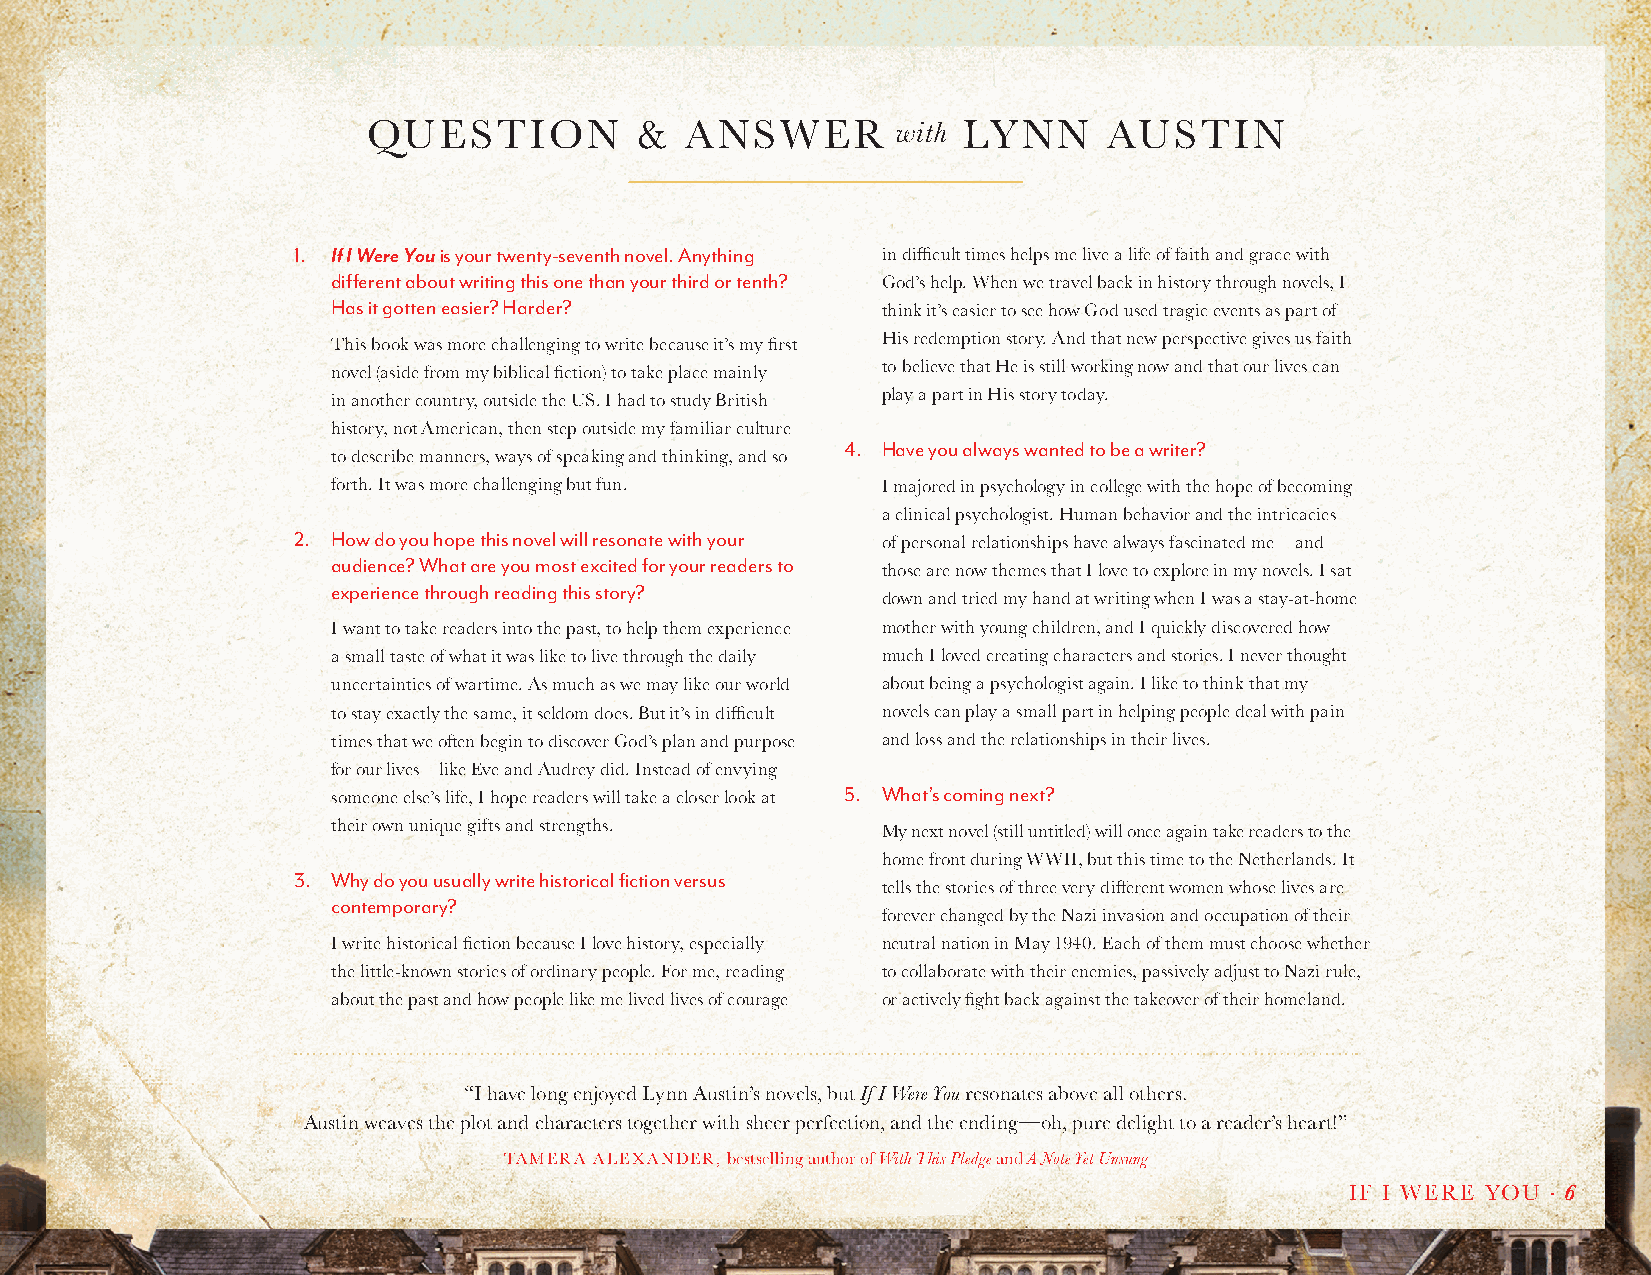
QUESTION          &  ANSWER        with LYNN     AUSTIN
 1. If I Were You is your twenty-seventh novel. Anything in difficult times helps me live a life of faith and grace with
 different about writing this one than your third or tenth? God’s help. When we travel back in history through novels, I
 Has it gotten easier? Harder?       think it’s easier to see how God used tragic events as part of
 This book was more challenging to write because it’s my first His redemption story. And that new perspective gives us faith
 novel (aside from my biblical fiction) to take place mainly to believe that He is still working now and that our lives can
 in another country, outside the US. I had to study British play a part in His story today.
 history, not American, then step outside my familiar culture
 4. H ave you always wanted to be a writer?
 to describe manners, ways of speaking and thinking, and so
 forth. It was more challenging but fun. I majored in psychology in college with the hope of becoming
 a clinical psychologist. Human behavior and the intricacies
 2. H ow do you hope this novel will resonate with your of personal relationships have always fascinated me—and
 audience? What are you most excited for your readers to
 those are now themes that I love to explore in my novels. I sat
 experience through reading this story?
 down and tried my hand at writing when I was a stay-at-home
 I want to take readers into the past, to help them experience mother with young children, and I quickly discovered how
 a small taste of what it was like to live through the daily much I loved creating characters and stories. I never thought
 uncertainties of wartime. As much as we may like our world about being a psychologist again. I like to think that my
 to stay exactly the same, it seldom does. But it’s in difficult novels can play a small part in helping people deal with pain
 times that we often begin to discover God’s plan and purpose and loss and the relationships in their lives.
 for our lives—like Eve and Audrey did. Instead of envying
 someone else’s life, I hope readers will take a closer look at 5. What’s coming next?
 their own unique gifts and strengths. My next novel (still untitled) will once again take readers to the
 home front during WWII, but this time to the Netherlands. It
 3. W hy do you usually write historical fiction versus
 tells the stories of three very different women whose lives are
 contemporary?
 forever changed by the Nazi invasion and occupation of their
 I write historical fiction because I love history, especially neutral nation in May 1940. Each of them must choose whether
 the little-known stories of ordinary people. For me, reading to collaborate with their enemies, passively adjust to Nazi rule,
 about the past and how people like me lived lives of courage or actively fight back against the takeover of their homeland.
 “I have long enjoyed Lynn Austin’s novels, but If I Were You resonates above all others.
 Austin weaves the plot and characters together with sheer perfection, and the ending—oh, pure delight to a reader’s heart!”
 TAMERA ALEXANDER, bestselling author of With This Pledge and A Note Yet Unsung
 IF I WERE YOU � 6